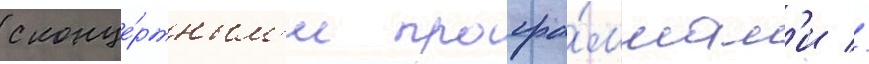
с конце́ртным'и програ́ммам'и //